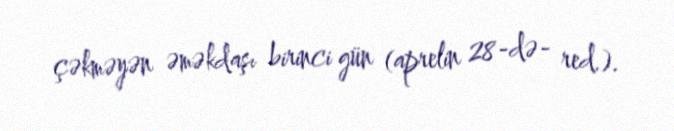
çəkməyən əməkdaşı birinci gün (aprelin 28-də- red.).